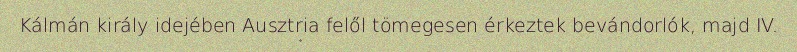
Kálmán király idejében Ausztria felől tömegesen érkeztek bevándorlók, majd IV.